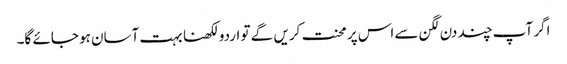
اگر آپ چند دن لگن سے اس پر محنت کریں گے تو اردو لکھنا بہت آسان ہو جائے گا۔